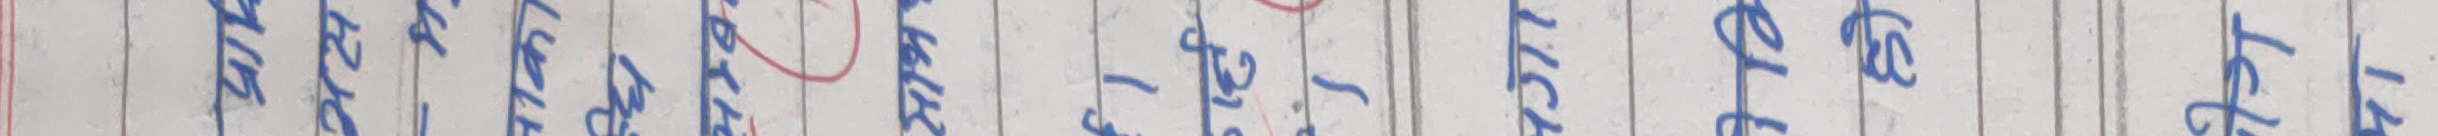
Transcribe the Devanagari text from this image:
यसरी लुम्बिनी प्रदेश